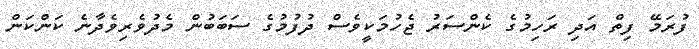
ފުރަމޭ ފިތް އަދި ރަހިމުގެ ކެންސަރު ޖެހުމަކީވެސް ދުފުމުގެ ސަބަބުން މެދުވެރިވެދާނެ ކަންކަން